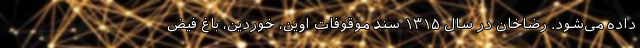
داده می‌شود. رضاخان در سال ۱۳۱۵ سند موقوفات اوین، خوردین، باغ فیض